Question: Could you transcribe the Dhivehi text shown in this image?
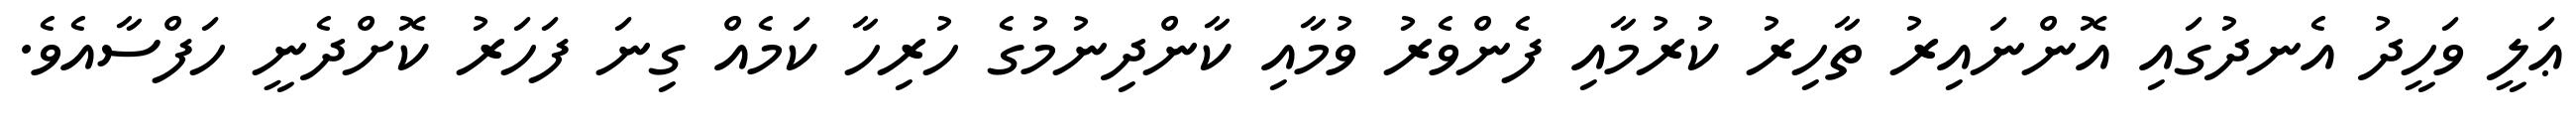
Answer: ޢަލީ ވަހީދު އެނދުގައި އޮންނައިރު ތާހިރު ކުރުމާއި ފެންވެރު ވުމާއި ކާންދިނުމުގެ ހުރިހާ ކަމެއް ގިނަ ފަހަރު ކޮށްދެނީ ހަފްސާއެވެ.